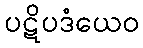
ပဋိပဒံယေဝ